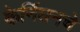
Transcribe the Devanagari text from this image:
केर्निघनचे